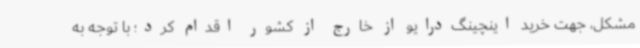
مشکل، جهت خرید اینچینگ‌درایو از خارج از کشور اقدام کرد؛ با توجه به